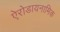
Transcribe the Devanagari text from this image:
ऐरोडायनामिक